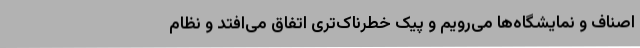
اصناف و نمایشگاه‌ها می‌رویم و پیک خطرناک‌تری اتفاق می‌افتد و نظام